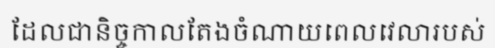
ដែលជានិច្ចកាលតែងចំណាយពេលវេលារបស់